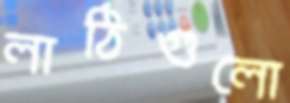
লাঠিগুলো